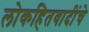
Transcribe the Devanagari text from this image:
लोकहितवादींचे